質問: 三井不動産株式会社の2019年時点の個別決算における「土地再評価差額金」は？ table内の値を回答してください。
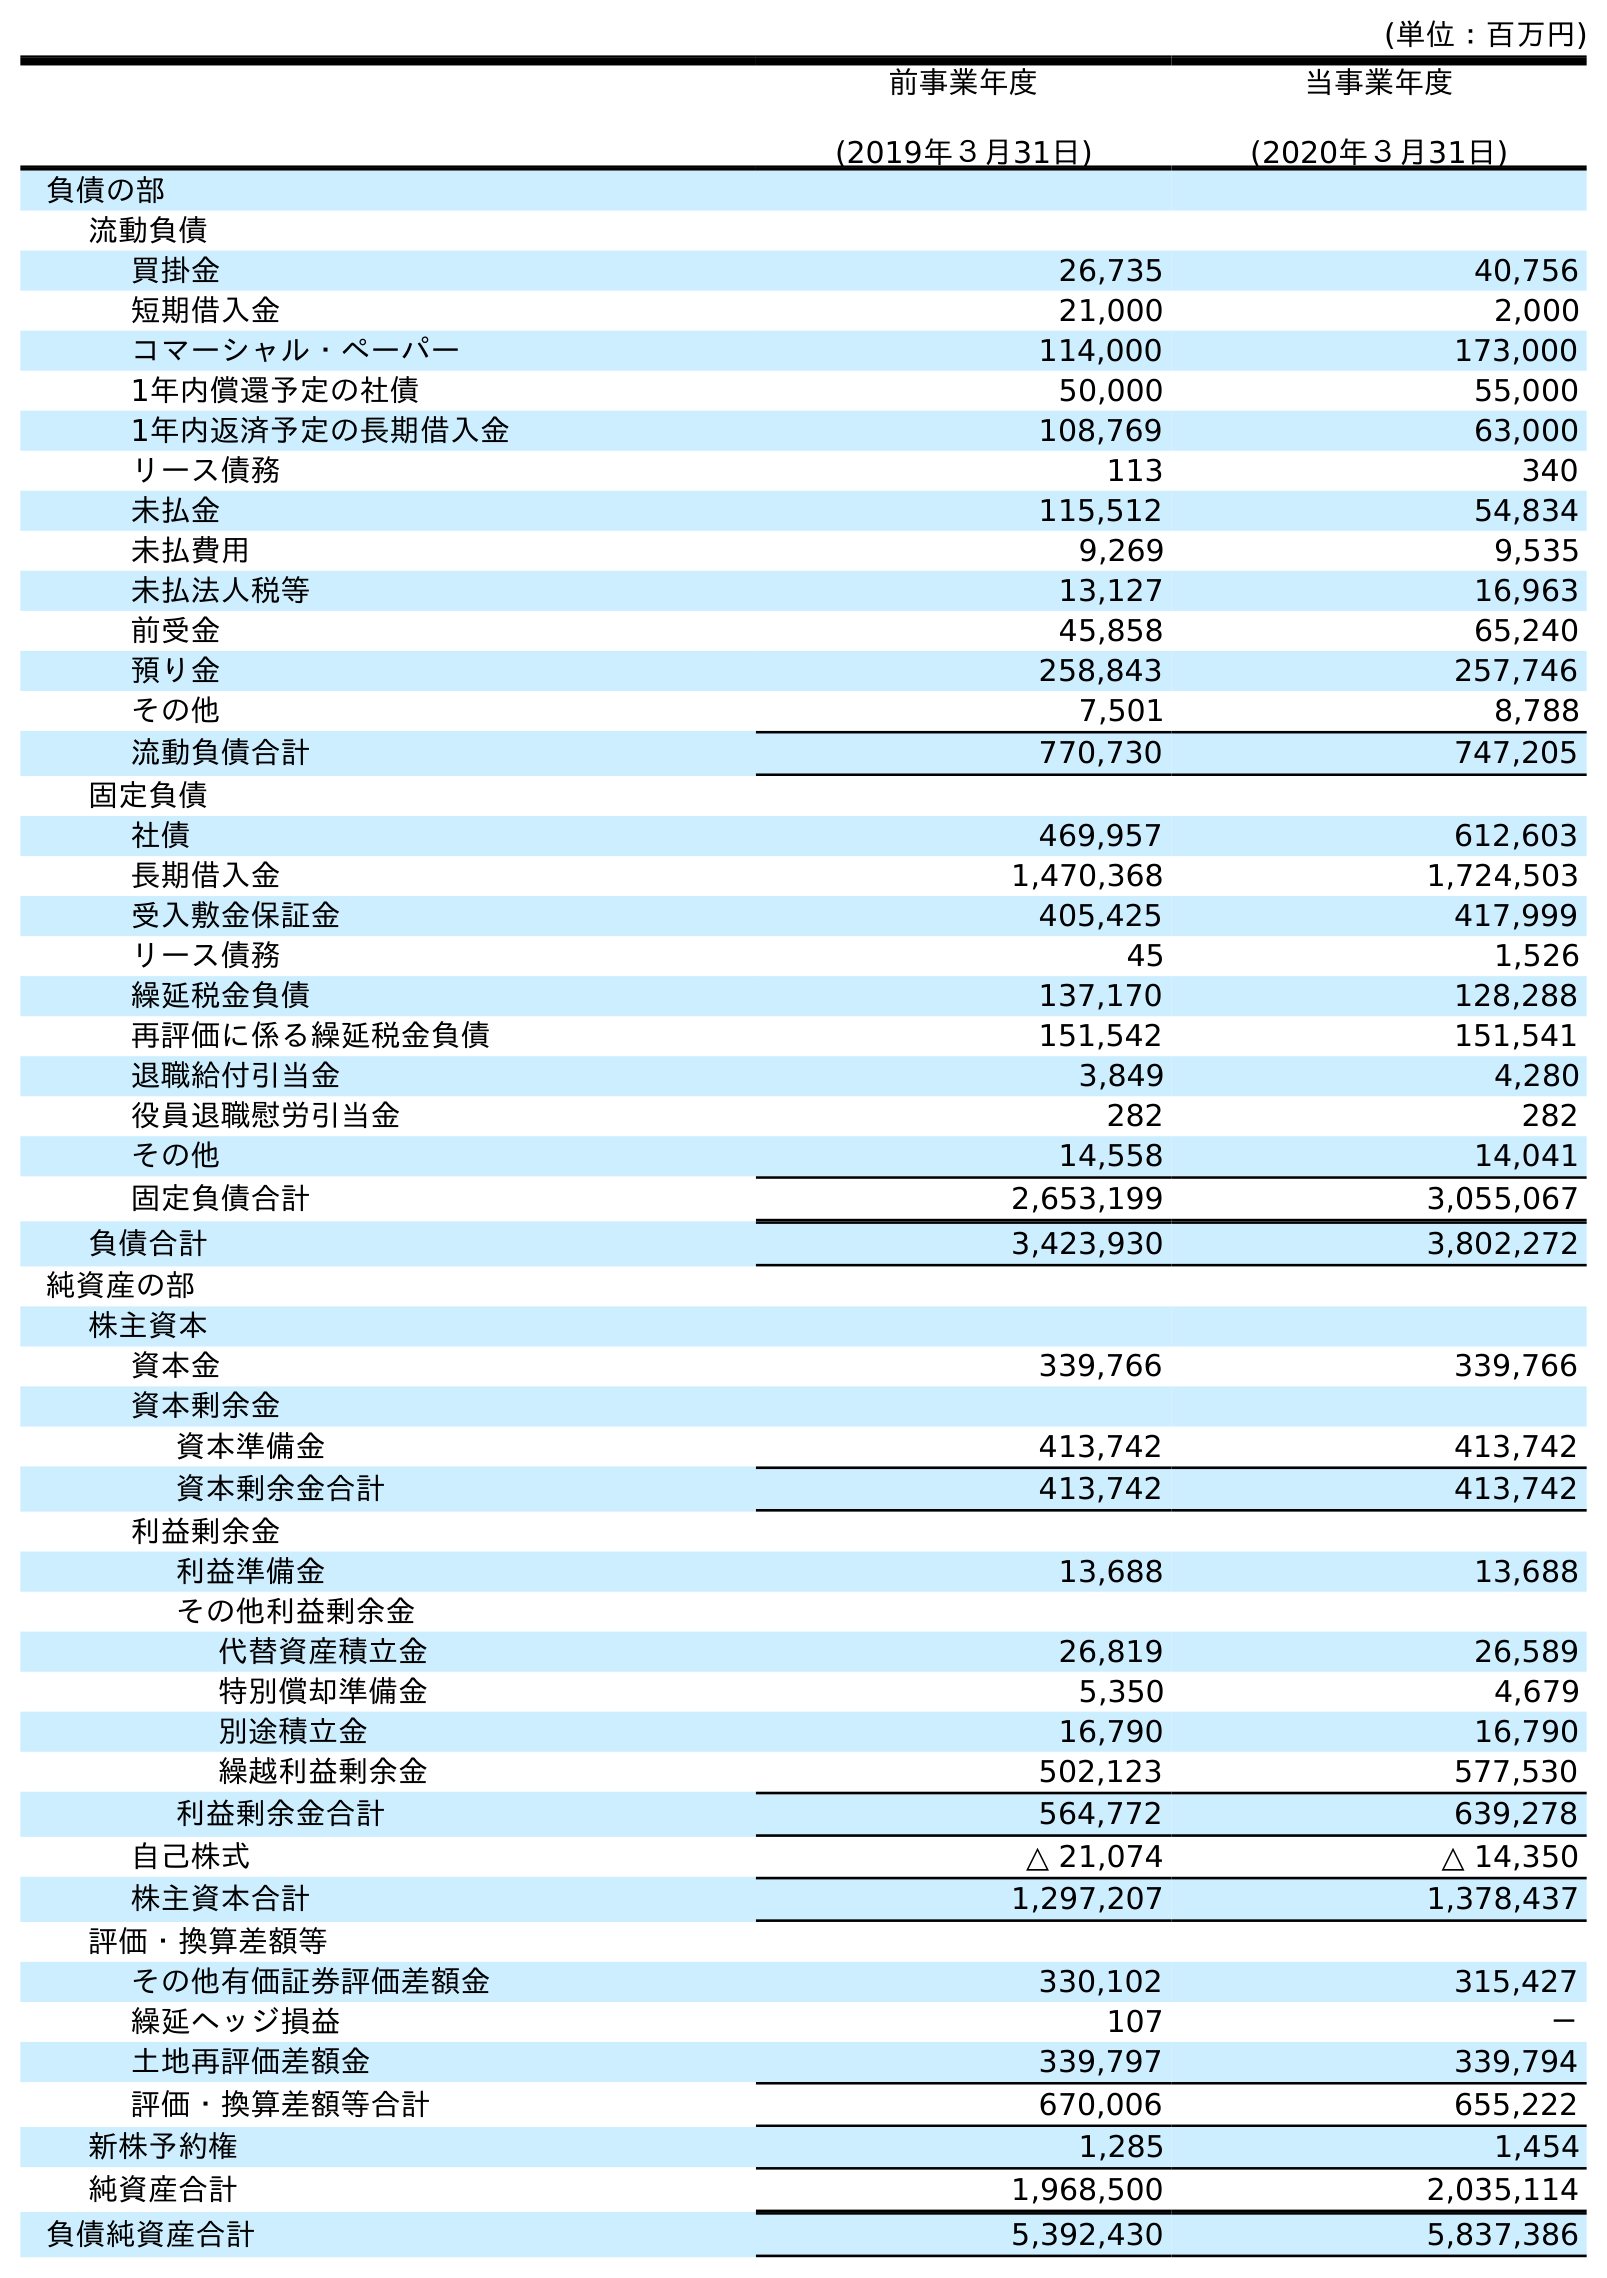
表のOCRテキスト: (単位：百万円) 前事業年度 (2019年３月31日) 当事業年度 (2020年３月31日) 負債の部 流動負債 買掛金 26,735 40,756 短期借入金 21,000 2,000 コマーシャル・ペーパー 114,000 173,000 1年内償還予定の社債 50,000 55,000 1年内返済予定の長期借入金 108,769 63,000 リース債務 113 340 未払金 115,512 54,834 未払費用 9,269 9,535 未払法人税等 13,127 16,963 前受金 45,858 65,240 預り金 258,843 257,746 その他 7,501 8,788 流動負債合計 770,730 747,205 固定負債 社債 469,957 612,603 長期借入金 1,470,368 1,724,503 受入敷金保証金 405,425 417,999 リース債務 45 1,526 繰延税金負債 137,170 128,288 再評価に係る繰延税金負債 151,542 151,541 退職給付引当金 3,849 4,280 役員退職慰労引当金 282 282 その他 14,558 14,041 固定負債合計 2,653,199 3,055,067 負債合計 3,423,930 3,802,272 純資産の部 株主資本 資本金 339,766 339,766 資本剰余金 資本準備金 413,742 413,742 資本剰余金合計 413,742 413,742 利益剰余金 利益準備金 13,688 13,688 その他利益剰余金 代替資産積立金 26,819 26,589 特別償却準備金 5,350 4,679 別途積立金 16,790 16,790 繰越利益剰余金 502,123 577,530 利益剰余金合計 564,772 639,278 自己株式 △ 21,074 △ 14,350 株主資本合計 1,297,207 1,378,437 評価・換算差額等 その他有価証券評価差額金 330,102 315,427 繰延ヘッジ損益 107 － 土地再評価差額金 339,797 339,794 評価・換算差額等合計 670,006 655,222 新株予約権 1,285 1,454 純資産合計 1,968,500 2,035,114 負債純資産合計 5,392,430 5,837,386
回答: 339,797